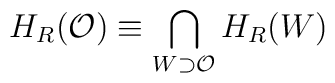
H_{R}({\cal O})\equiv \bigcap_{W\supset {\cal O}}H_{R}(W)